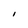
Character: I